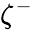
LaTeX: \zeta^{-}